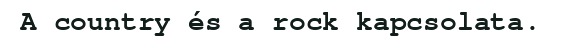
A country és a rock kapcsolata.